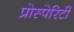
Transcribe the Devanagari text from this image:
प्रोस्पेरिटी